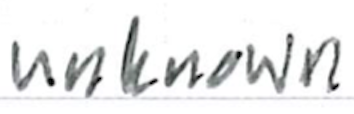
Text: unknown
Cross-out: clean
Writing tool: ballpoint